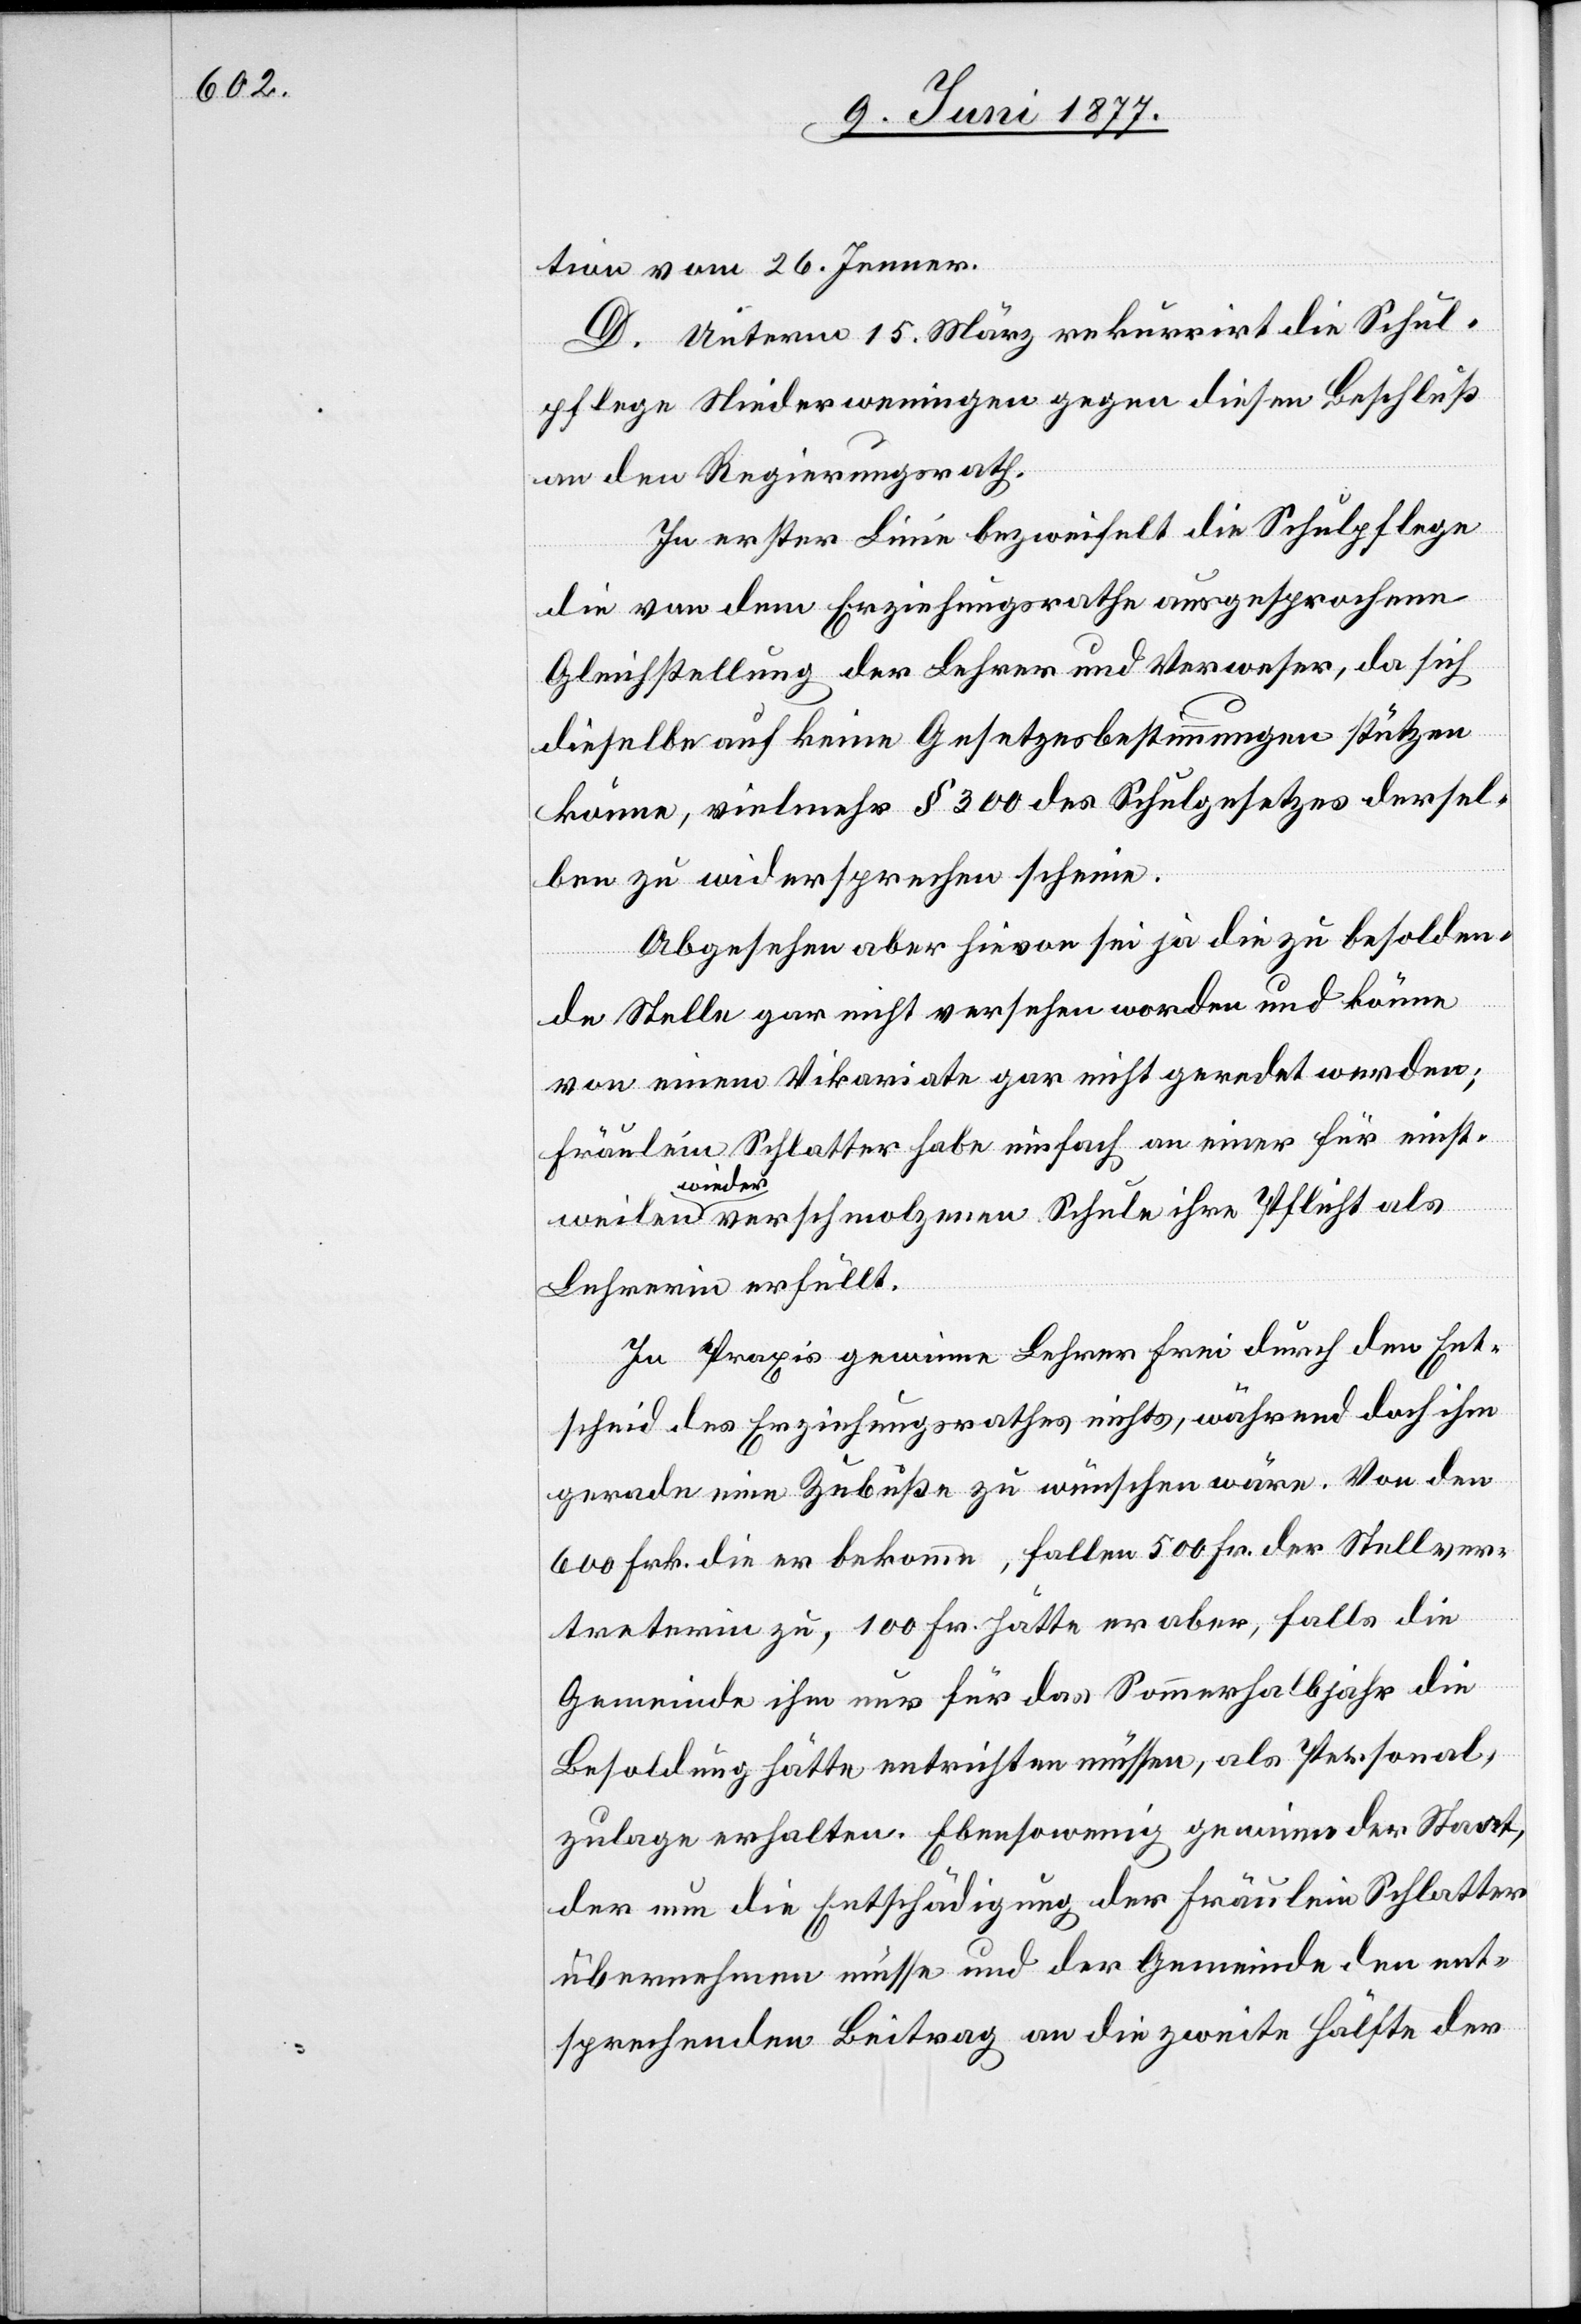
tion vom 26. Jenner.
D. Unterm 15. März rekurrirt die Schul¬
pflege Niederweningen gegen diesen Beschluß
an den Regierungsrath.
In erster Linie bezweifelt die Schulpflege
die von dem Erziehungsrathe ausgesprochene
Gleichstellung der Lehrer und Verweser, da sich
dieselbe auf keine Gesetzesbestimmung stützen
könne, vielmehr § 300 des Schulgesetzes dersel¬
ben zu widersprechen scheine.
Abgesehen aber hievon sei ja die zu besolden¬
weilen
de Stelle gar nicht versehen worden und könne
von einem Vikariate gar nicht geredet werden;
Fräulein Schlatter habe einfach an einer für einst¬
wieder verschmolzenen Schule ihre Pflicht als
Lehrerin erfüllt.
In Praxis gewinne Lehrer Frei durch den Ent¬
scheid des Erziehungsrathes nichts, während doch ihm
gerade eine Zubuße zu wünschen wäre. Von den
600 Frk. die er bekomme, fallen 500 Fr. der Stellver¬
treterin zu, 100 Frk. hätte er aber, falls die
Gemeinde ihm nur für das Sommerhalbjahr die
Besoldung hätte entrichten müssen, als Personal¬
zulage erhalten. Ebensowenig gewinne der Staat,
der nun die Entschädigung der Fräulein Schlatter
übernehmen müsse und der Gemeinde den ent¬
sprechenden Beitrag an die zweite Hälfte der